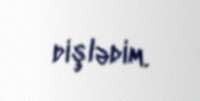
dişlədim.